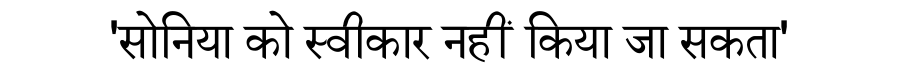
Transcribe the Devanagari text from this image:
'सोनिया को स्वीकार नहीं किया जा सकता'